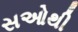
સઓથી